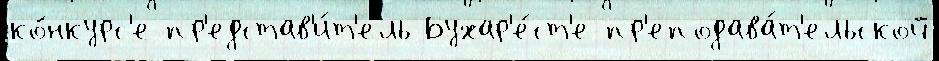
ко́нкурс'е пр'едстав'и́т'ель Бухар'е́ст'е пр'еподава́т'ельской